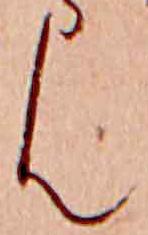
ん